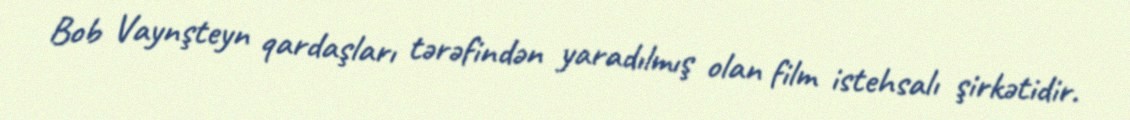
Bob Vaynşteyn qardaşları tərəfindən yaradılmış olan film istehsalı şirkətidir.